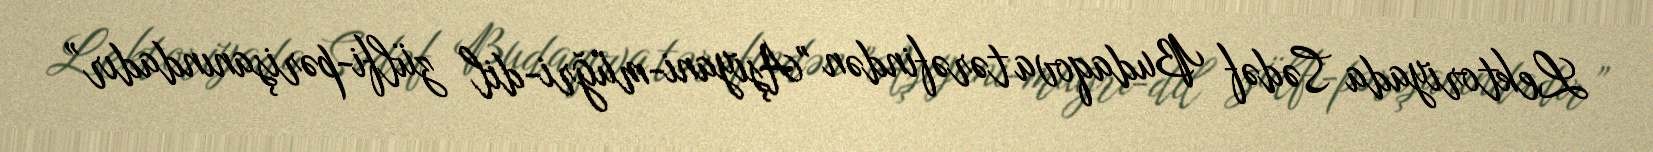
Lektoriyada Sədəf Budaqova tərəfindən "Aşiyani-müğri-dil zülfi-pərişanındadır”